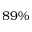
8 9 \%